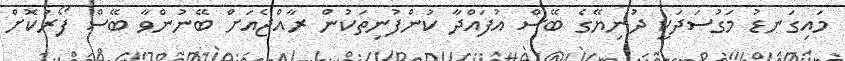
މައިގަނޑު މަގުސަދަކީ ދުނިޔޭގެ ބޭސް އުފައްދާ ކުންފުނިތަކުން ރާއްޖެއަށް ބޭނުންވާ ބޭސް ފޯރުކޮށް